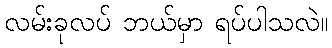
လမ်းခုလပ် ဘယ်မှာ ရပ်ပါသလဲ။